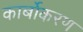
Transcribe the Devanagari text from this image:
कार्बोकरण